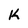
Character: k